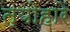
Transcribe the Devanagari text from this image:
त्योहारें